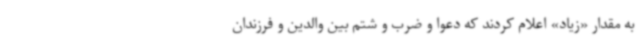
به مقدار «زیاد» اعلام کردند که دعوا و ضرب و شتم بین والدین و فرزندان